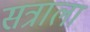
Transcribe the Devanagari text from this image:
सत्राला